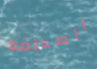
الصحافه